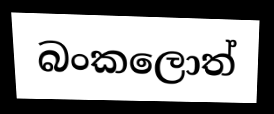
බංකලොත්